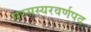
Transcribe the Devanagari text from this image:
सरसस्यरवर्णपद